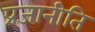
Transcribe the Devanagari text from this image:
प्रजानीति